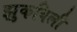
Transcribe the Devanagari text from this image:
झुकविली